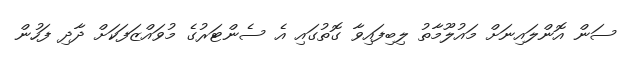
ސަން އޮންލައިނަށް މައުލޫމާތު ލިބިފައިވާ ގޮތުގައި އެ ސެންޓަރުގެ މުވައްޒަފަކަށް ދާދި ފަހުން